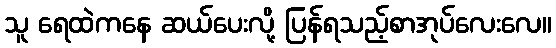
သူ ရေထဲကနေ ဆယ်ပေးလို့ ပြန်ရသည့်စာအုပ်လေးလေ။